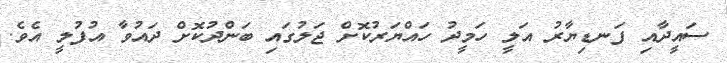
ސައީދާއި ފަނޑިޔާރު އަލީ ހަމީދު ހައްޔަރުކޮށް ޖަލުގައި ބަންދުކޮށް ދައުވާ އުުފުލީ އެވެ.